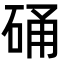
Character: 硧